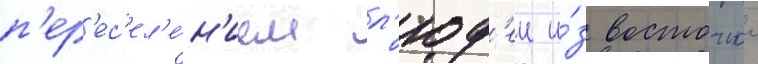
п'ер'ес'ел'е́н'ием л'юд'еи и́з восточнои